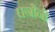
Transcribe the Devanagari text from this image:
घनौनी